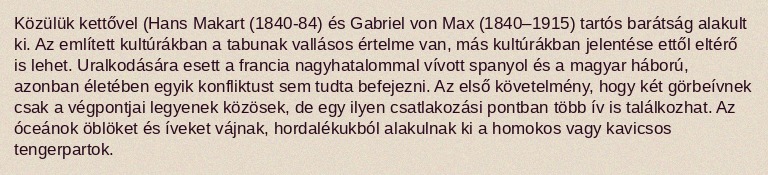
Közülük kettővel (Hans Makart (1840-84) és Gabriel von Max (1840–1915) tartós barátság alakult ki. Az említett kultúrákban a tabunak vallásos értelme van, más kultúrákban jelentése ettől eltérő is lehet. Uralkodására esett a francia nagyhatalommal vívott spanyol és a magyar háború, azonban életében egyik konfliktust sem tudta befejezni. Az első követelmény, hogy két görbeívnek csak a végpontjai legyenek közösek, de egy ilyen csatlakozási pontban több ív is találkozhat. Az óceánok öblöket és íveket vájnak, hordalékukból alakulnak ki a homokos vagy kavicsos tengerpartok.